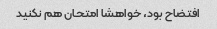
افتضاح بود، خواهشا امتحان هم نکنید